Scottish Certificate of Education, 1963
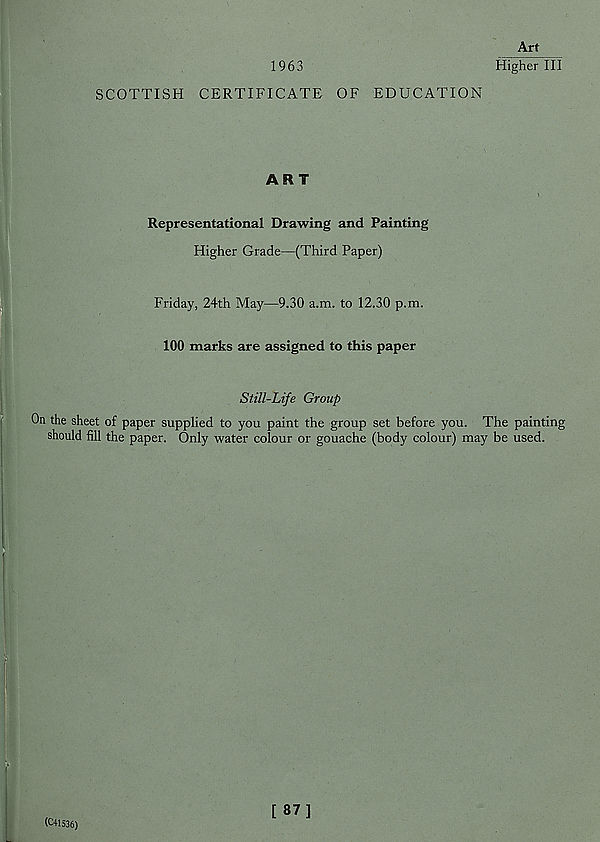
Art
1963
Higher III
SCOTTISH CERTIFICATE OF EDUCATION
ART
Representational Drawing and Painting
Higher Grade—(Third Paper)
Friday, 24th May—9.30 a.m. to 12.30 p.m.
100 marks are assigned to this paper
Still-Life Group
On the sheet of paper supplied to you paint the group
should fill the paper. Only water colour or gouache
set before you. The painting
(body colour) may be used.
(C41536)
[ 87]